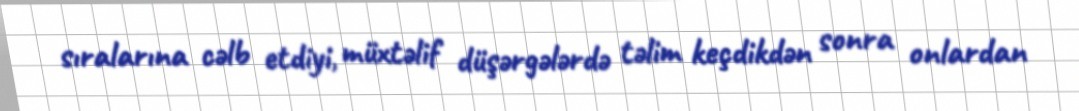
sıralarına cəlb etdiyi, müxtəlif düşərgələrdə təlim keçdikdən sonra onlardan